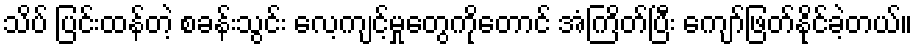
သိပ် ပြင်းထန်တဲ့ စခန်းသွင်း လေ့ကျင့်မှုတွေကိုတောင် အံကြိတ်ပြီး ကျော်ဖြတ်နိုင်ခဲ့တယ်။